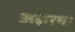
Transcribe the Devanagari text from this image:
अझरचा